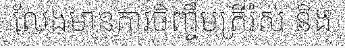
លែងមានការចិញ្ចឹមត្រីរ៉ស់ និង